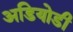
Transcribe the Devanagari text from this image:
अडियोडी